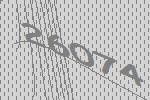
26074